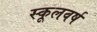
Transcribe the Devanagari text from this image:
स्कूलवर्ष